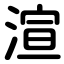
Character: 渲